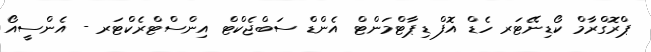
ޕްރޮގްރާމް ކޯޑިނޭޓަރ ހެޑް އޮފް ޑިޕާޓްމަންޓް އެންޑް ސަބްޖެކްޓް އިންސްޓްރެކްޓަރ - އެންސީއޯ